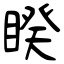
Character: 睽